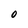
Character: O